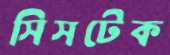
সিসটেক